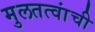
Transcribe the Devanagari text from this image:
मुलतत्वांची